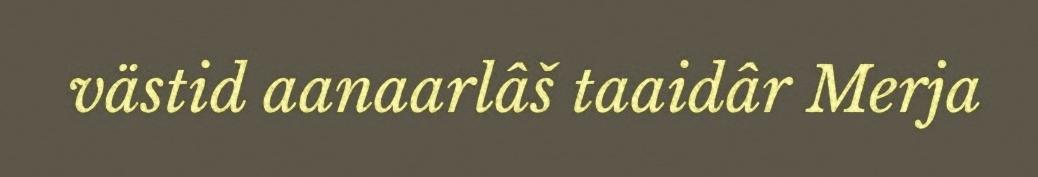
västid aanaarlâš taaidâr Merja